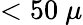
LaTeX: <50~\mu